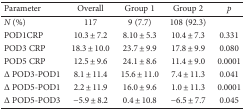
| Parameter | Overall | Group 1 | Group 2 | p |
 | --- | --- | --- | --- | --- |
 | N (%) | 117 | 9 (7.7) | 108 (92.3) |  |
 | POD1CRP | 10.3 ± 7.2 | 8.10 ± 5.3 | 10.4 ± 7.3 | 0.331 |
 | POD3 CRP | 18.3 ± 10.0 | 23.7 ± 9.9 | 17.8 ± 9.9 | 0.080 |
 | POD5 CRP | 12.5 ± 9.6 | 24.1 ± 8.6 | 11.4 ± 9.0 | 0.0001 |
 | Δ POD3-POD1 | 8.1 ± 11.4 | 15.6 ± 11.0 | 7.4 ± 11.3 | 0.041 |
 | Δ POD5-POD1 | 2.2 ± 11.9 | 16.0 ± 9.6 | 1.0 ± 11.3 | 0.0001 |
 | Δ POD5-POD3 | −5.9 ± 8.2 | 0.4 ± 10.8 | −6.5 ± 7.7 | 0.045 |